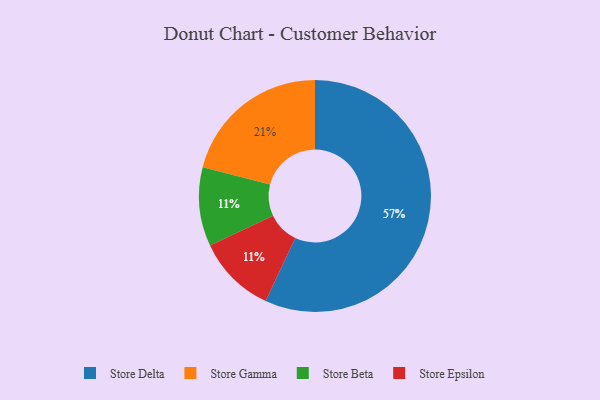
{"axis": {"x": "Category", "y": "Percentage"}, "legend": ["Store Beta", "Store Delta", "Store Epsilon", "Store Gamma"], "data": [{"x": "Store Gamma", "y": 21, "type": "Store Gamma"}, {"x": "Store Beta", "y": 11, "type": "Store Beta"}, {"x": "Store Epsilon", "y": 11, "type": "Store Epsilon"}, {"x": "Store Delta", "y": 57, "type": "Store Delta"}]}